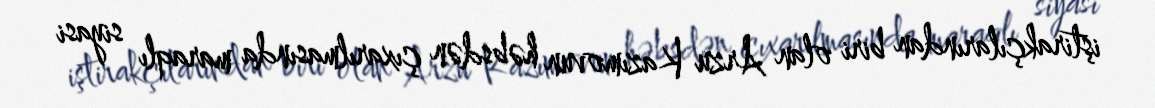
iştirakçılarından biri olan Arzu Kazımovun həbsdən çıxarılmasında maraqlı siyasi